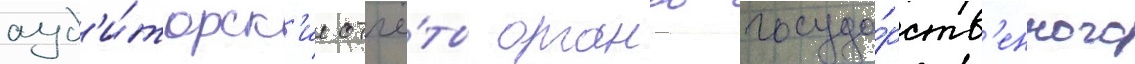
ауд'и́торск'ие отчё́ты органов госуда́рств'енного